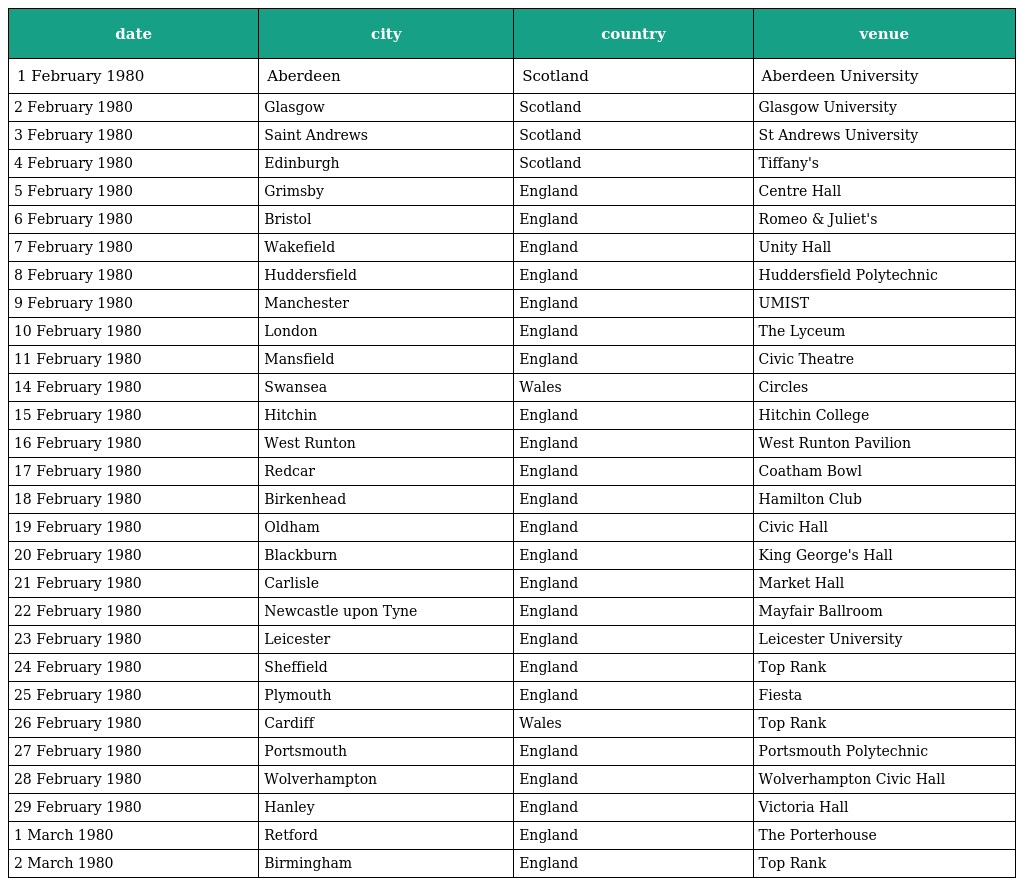
| date | city | country | venue |
 | --- | --- | --- | --- |
 | 1 February 1980 | Aberdeen | Scotland | Aberdeen University |
 | 2 February 1980 | Glasgow | Scotland | Glasgow University |
 | 3 February 1980 | Saint Andrews | Scotland | St Andrews University |
 | 4 February 1980 | Edinburgh | Scotland | Tiffany's |
 | 5 February 1980 | Grimsby | England | Centre Hall |
 | 6 February 1980 | Bristol | England | Romeo & Juliet's |
 | 7 February 1980 | Wakefield | England | Unity Hall |
 | 8 February 1980 | Huddersfield | England | Huddersfield Polytechnic |
 | 9 February 1980 | Manchester | England | UMIST |
 | 10 February 1980 | London | England | The Lyceum |
 | 11 February 1980 | Mansfield | England | Civic Theatre |
 | 14 February 1980 | Swansea | Wales | Circles |
 | 15 February 1980 | Hitchin | England | Hitchin College |
 | 16 February 1980 | West Runton | England | West Runton Pavilion |
 | 17 February 1980 | Redcar | England | Coatham Bowl |
 | 18 February 1980 | Birkenhead | England | Hamilton Club |
 | 19 February 1980 | Oldham | England | Civic Hall |
 | 20 February 1980 | Blackburn | England | King George's Hall |
 | 21 February 1980 | Carlisle | England | Market Hall |
 | 22 February 1980 | Newcastle upon Tyne | England | Mayfair Ballroom |
 | 23 February 1980 | Leicester | England | Leicester University |
 | 24 February 1980 | Sheffield | England | Top Rank |
 | 25 February 1980 | Plymouth | England | Fiesta |
 | 26 February 1980 | Cardiff | Wales | Top Rank |
 | 27 February 1980 | Portsmouth | England | Portsmouth Polytechnic |
 | 28 February 1980 | Wolverhampton | England | Wolverhampton Civic Hall |
 | 29 February 1980 | Hanley | England | Victoria Hall |
 | 1 March 1980 | Retford | England | The Porterhouse |
 | 2 March 1980 | Birmingham | England | Top Rank |